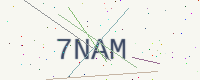
Text: 7NAM